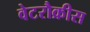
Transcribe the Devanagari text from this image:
वेटरौक्रीस